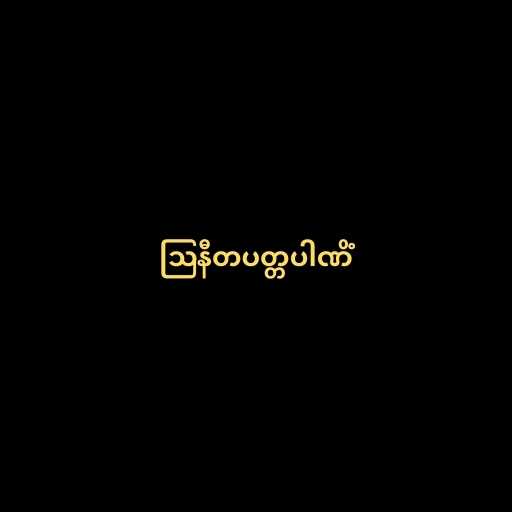
ဩနီတပတ္တပါဏိံ